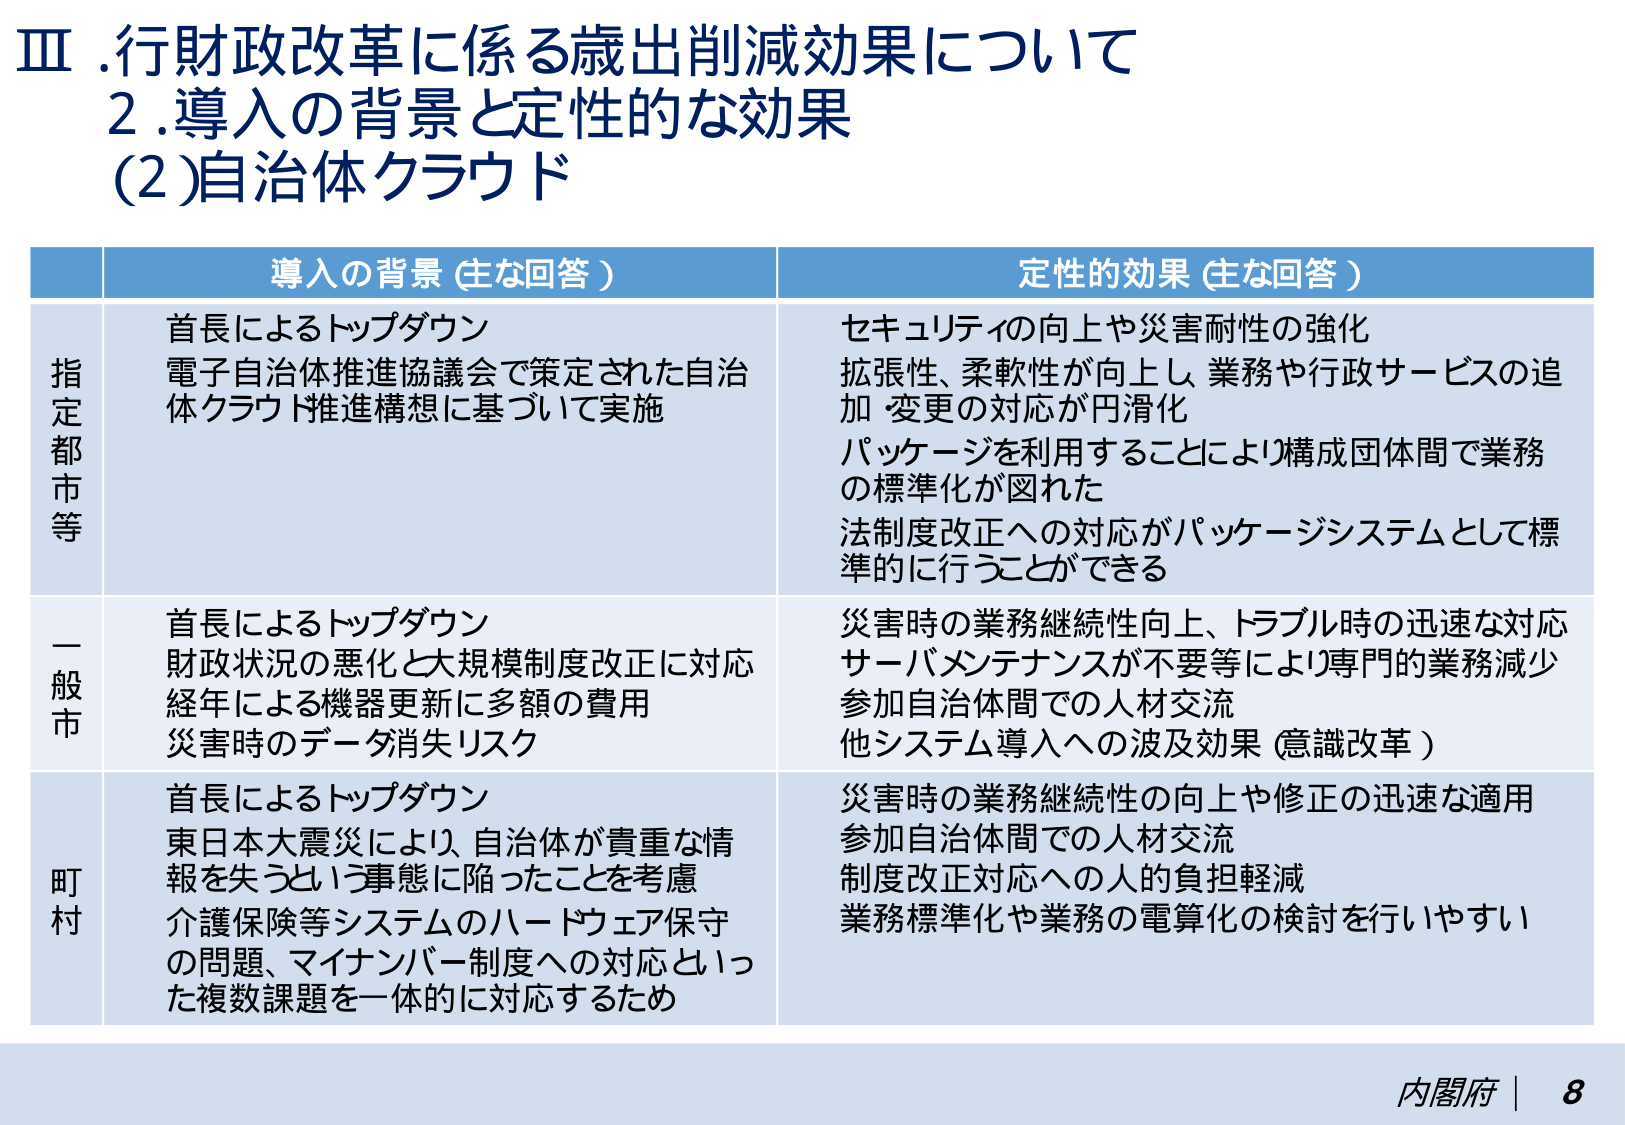
Ⅲ. 行財政改革に係る歳出削減効果について
2. 導入の背景と定性的な効果
(2) 自治体クラウド

導入の背景（主な回答）